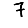
Digit: 7